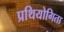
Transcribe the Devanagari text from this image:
प्रथियोगिता